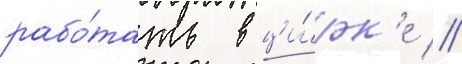
рабо́тать в ци́рк'е //